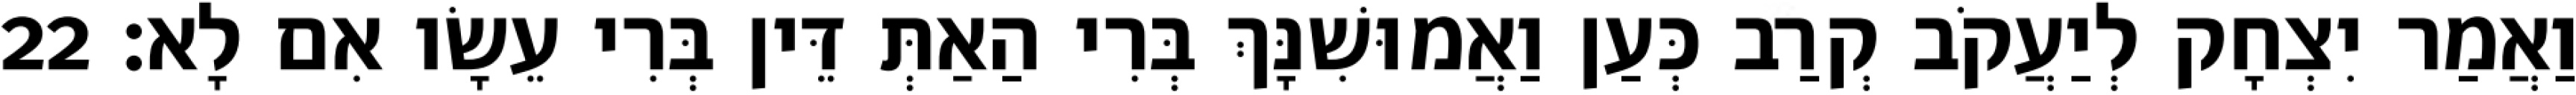
וַאֲמַר יִצְחָק לְיַעֲקֹב קְרַב כְּעַן וַאֲמוּשִׁנָּךְ בְּרִי הַאַתְּ דֵּין בְּרִי עֵשָׂו אִם לָא׃ 22